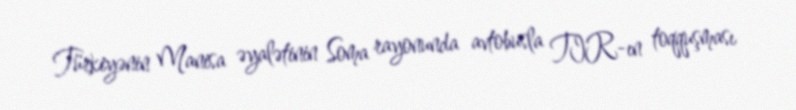
Türkiyənin Manisa əyalətinin Soma rayonunda avtobusla TIR-ın toqquşması